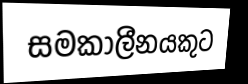
සමකාලීනයකුට